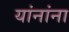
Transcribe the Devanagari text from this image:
यांनांना